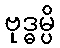
ဗုဒ္ဓမ္ပိ